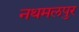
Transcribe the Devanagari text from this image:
नथमलपुर